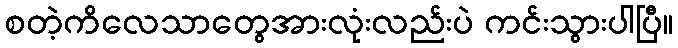
စတဲ့ကိလေသာတွေအားလုံးလည်းပဲ ကင်းသွားပါပြီ။